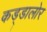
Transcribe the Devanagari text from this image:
कड्डालोर